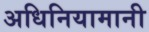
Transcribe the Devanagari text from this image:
अधिनियामानी